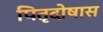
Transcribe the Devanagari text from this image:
पितृदोषास